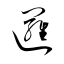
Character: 邏